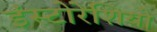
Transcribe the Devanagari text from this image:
इंस्टोरेशियो